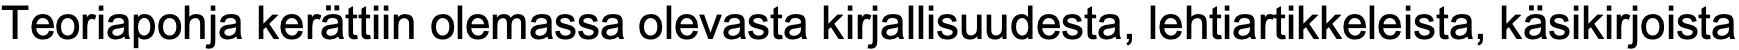
Teoriapohja kerättiin olemassa olevasta kirjallisuudesta, lehtiartikkeleista, käsikirjoista